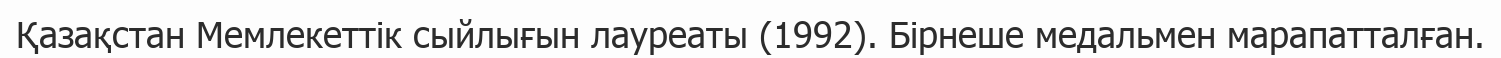
Қазақстан Мемлекеттік сыйлығын лауреаты (1992). Бірнеше медальмен марапатталған.